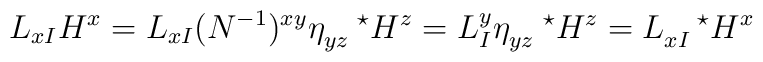
L_{x I} H^x = L_{xI} (N^{-1})^{ xy} \eta_{yz} ^{\ \ \ \star}H^z=L^y_I \eta_{yz} ^{\ \ \ \star}H^z= L_{xI} ^{\ \ \ \star}H^x